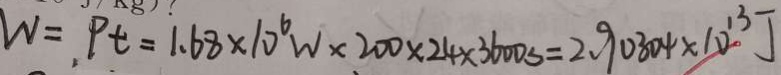
W = P t = 1 . 6 8 \times 1 0 ^ { 6 } W \times 2 0 0 \times 2 4 \times 3 6 0 0 s = 2 . 9 0 3 0 4 \times 1 0 ^ { 1 3 } J